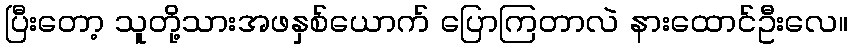
ပြီးတော့ သူတို့သားအဖနှစ်ယောက် ပြောကြတာလဲ နားထောင်ဦးလေ။